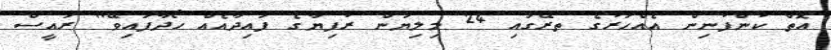
އޮތް ކުންފުނިން އެއްހަރުގެ ތރޭގައި 24 މިލިޔަން ރުފިޔާގެ ފައިދާއެއް ހޯދާފައިވޭ" ރައީސް